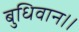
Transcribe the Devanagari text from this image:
बुधिवान।।